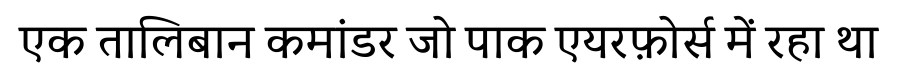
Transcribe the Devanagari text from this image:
एक तालिबान कमांडर जो पाक एयरफ़ोर्स में रहा था